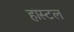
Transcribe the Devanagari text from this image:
हास्‍टल